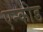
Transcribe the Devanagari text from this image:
एन्कोड